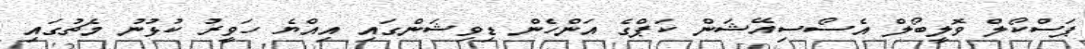
ޕަސްކޯލް ވޮލީބޯލް އެސޯސިއޭޝަން ކަޕްގެ އަންހެން ޑިވިޝަންގައި އިއްޔެ ހަވީރު ކުޅުނު މެޗުގައި